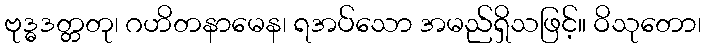
ဗုဒ္ဓဒတ္တတု၊ ဂဟိတနာမေန၊ ရအပ်သော အမည်ရှိသဖြင့်။ ဝိသုတော၊